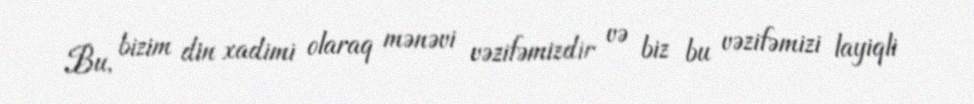
Bu, bizim din xadimi olaraq mənəvi vəzifəmizdir və biz bu vəzifəmizi layiqli